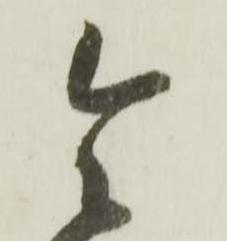
令